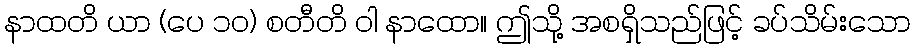
နာထတိ ယာ (ပေ ၁၀) စတီတိ ဝါ နာထော။ ဤသို့ အစရှိသည်ဖြင့် ခပ်သိမ်းသော